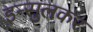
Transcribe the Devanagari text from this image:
इन्सुलकर